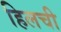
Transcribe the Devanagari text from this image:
हिलची